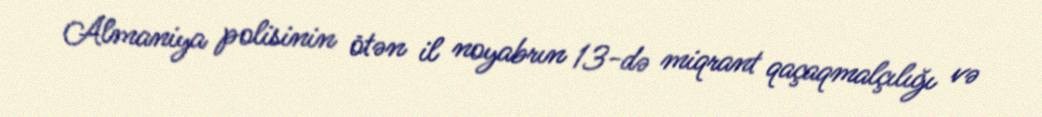
Almaniya polisinin ötən il noyabrın 13-də miqrant qaçaqmalçılığı və